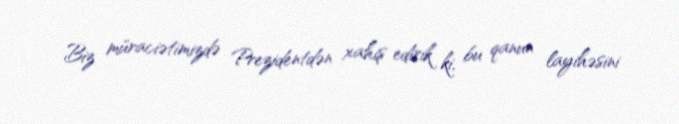
Biz müraciətimizdə Prezidentdən xahiş edirik ki, bu qanun layihəsini